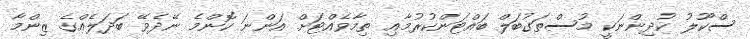
ސްކޫލު ކުދިންނަކީ މުސްތަގުބަލް ބައްޓަންކުރުމާއި ތިމާވެއްޓަށް އަންނަ ކޮންމެ ނޭދެވޭ ބަދަލެއްގެ ޒިންމާ